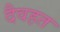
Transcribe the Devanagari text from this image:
दैवहत